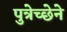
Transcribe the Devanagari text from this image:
पुत्रेच्छेने